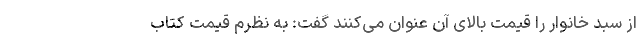
از سبد خانوار را قیمت بالای آن عنوان می‌کنند گفت: به نظرم قیمت کتاب